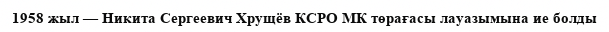
1958 жыл — Никита Сергеевич Хрущёв КСРО МК төрағасы лауазымына ие болды